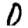
Digit: 0